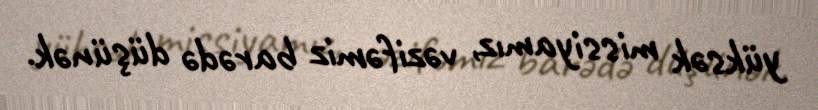
yüksək missiyamız, vəzifəmiz barədə düşünək.